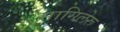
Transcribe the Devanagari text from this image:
सागिलेरू